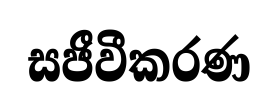
සජීවීකරණ